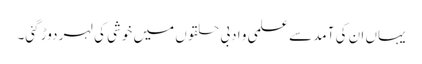
یہاں ان کی آمد سے علمی و ادبی حلقوں میں خوشی کی لہر دوڑ گئی۔